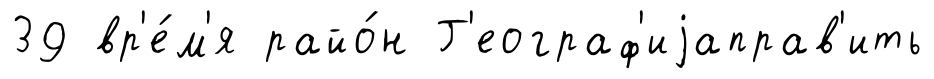
39 вр'е́м'я райо́н Г'еограф'иjаправ'ить